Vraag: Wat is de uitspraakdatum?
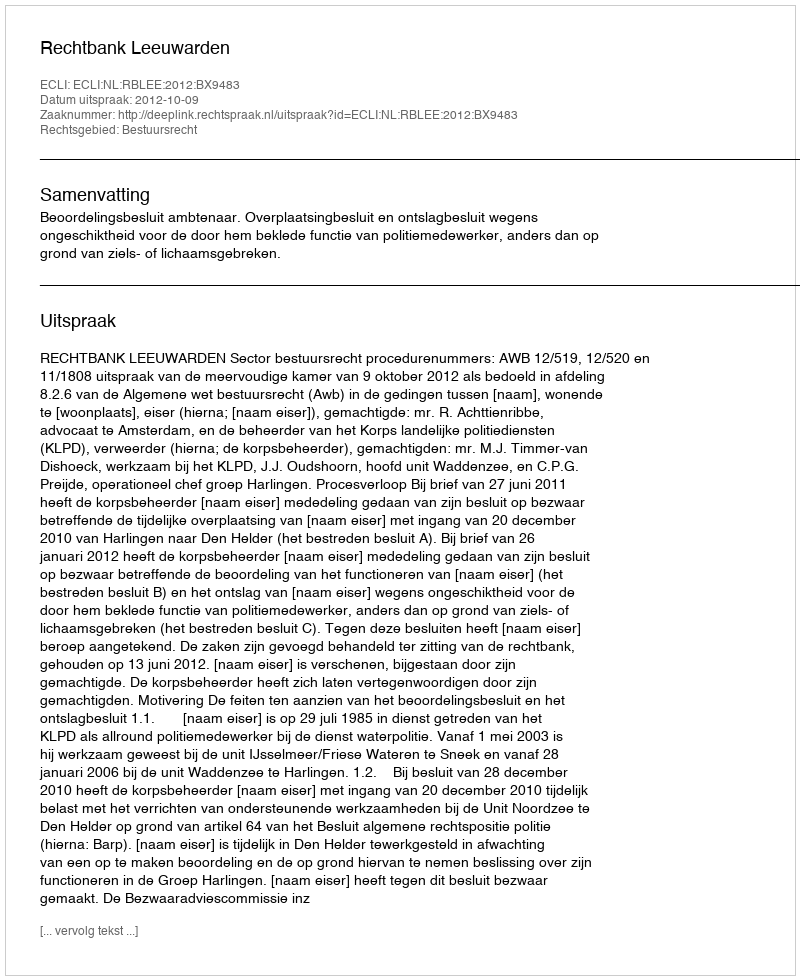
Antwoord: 2012-10-09